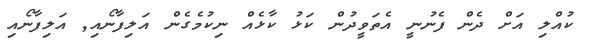
ކުއްލި އަށް ދެން ފެނުނީ އެތަވީދުން ކަޅު ކާޅެއް ނިކުމެގެން އަލިފާނޯއި